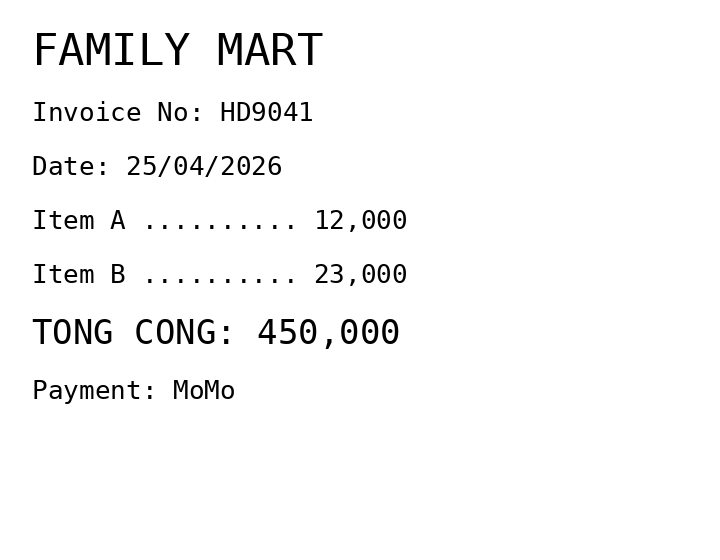
FAMILY MART
Invoice No: HD9041
Date: 25/04/2026
Item A .......... 12,000
Item B .......... 23,000
TONG CONG: 450,000
Payment: MoMo
Merchant: family mart
Date: 2026-04-25
Total: 450000
Invoice No: HD9041
Payment method: MOMO